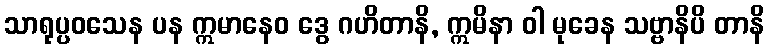
သာရုပ္ပဝသေန ပန ဣမာနေဝ ဒွေ ဂဟိတာနိ, ဣမိနာ ဝါ မုခေန သဗ္ဗာနိပိ တာနိ